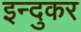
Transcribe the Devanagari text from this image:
इन्दुकर